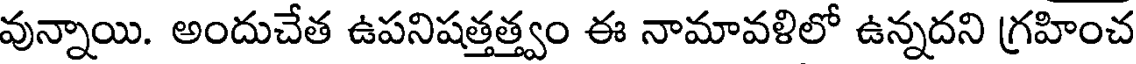
వున్నాయి. అందుచేత ఉపనిషత్తత్త్వం ఈ నామావళిలో ఉన్నదని గ్రహించ